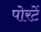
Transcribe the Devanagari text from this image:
पोरटें